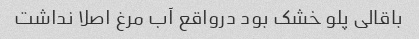
باقالی پلو خشک بود درواقع آب مرغ اصلا نداشت